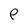
Character: p